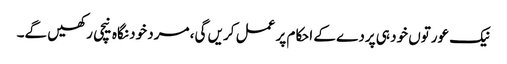
نیک عورتوں خود ہی پردے کے احکام پر عمل کریں گی، مرد خود نگاہ نیچی رکھیں گے۔